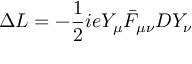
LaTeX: \Delta { \cal L } = - { \frac { 1 } { 2 } } i e Y _ { \mu } \bar { F } _ { \mu \nu } D Y _ { \nu } \,